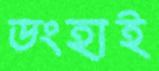
ডংহাই